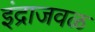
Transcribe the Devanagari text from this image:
इंद्राजवळ